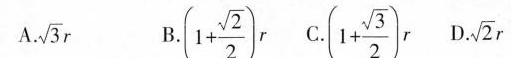
A. \sqrt{3}r B. $$( 1+ \frac { \sqrt { 2 } } { 2 } )$$ C .$$( 1 + \frac { \sqrt { 3 } } { 2 } ) r$$ D. \sqrt{2}r